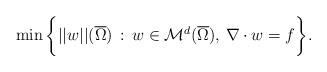
LaTeX: \begin{align*} \min\bigg\{ ||w||(\overline\Omega)\,:\,w \in \mathcal M^d(\overline\Omega),\,\nabla\cdot w=f\bigg\}.\end{align*}